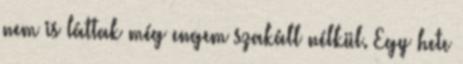
nem is láttak még engem szakáll nélkül. Egy hete